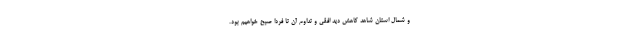
و شمال استان شاهد کاهش دید افقی و تداوم آن تا فردا صبح خواهیم بود.